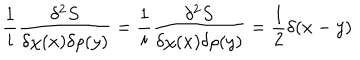
\frac { 1 } { i } \frac { \delta ^ { 2 } S } { \delta \chi ( x ) \delta \rho ( y ) } = \frac { 1 } { i } \frac { \delta ^ { 2 } S } { \delta \chi ( x ) \delta \rho ( y ) } = \frac { 1 } { 2 } \delta ( x - y )